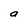
Character: a